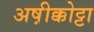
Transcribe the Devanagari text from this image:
अष़ीक्कोट्टा